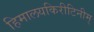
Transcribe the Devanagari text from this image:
हिमालयकिरीटिनीम्